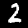
Digit: 2